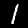
Label: 1